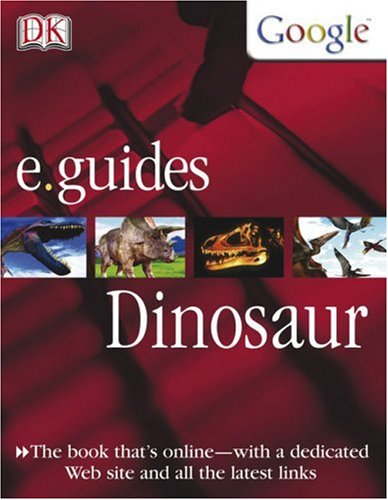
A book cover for Dinosaur (DK/Google E.guides); Dougal Dixon; Children's Books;